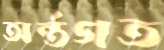
অর্ন্তগত